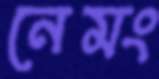
নেমং